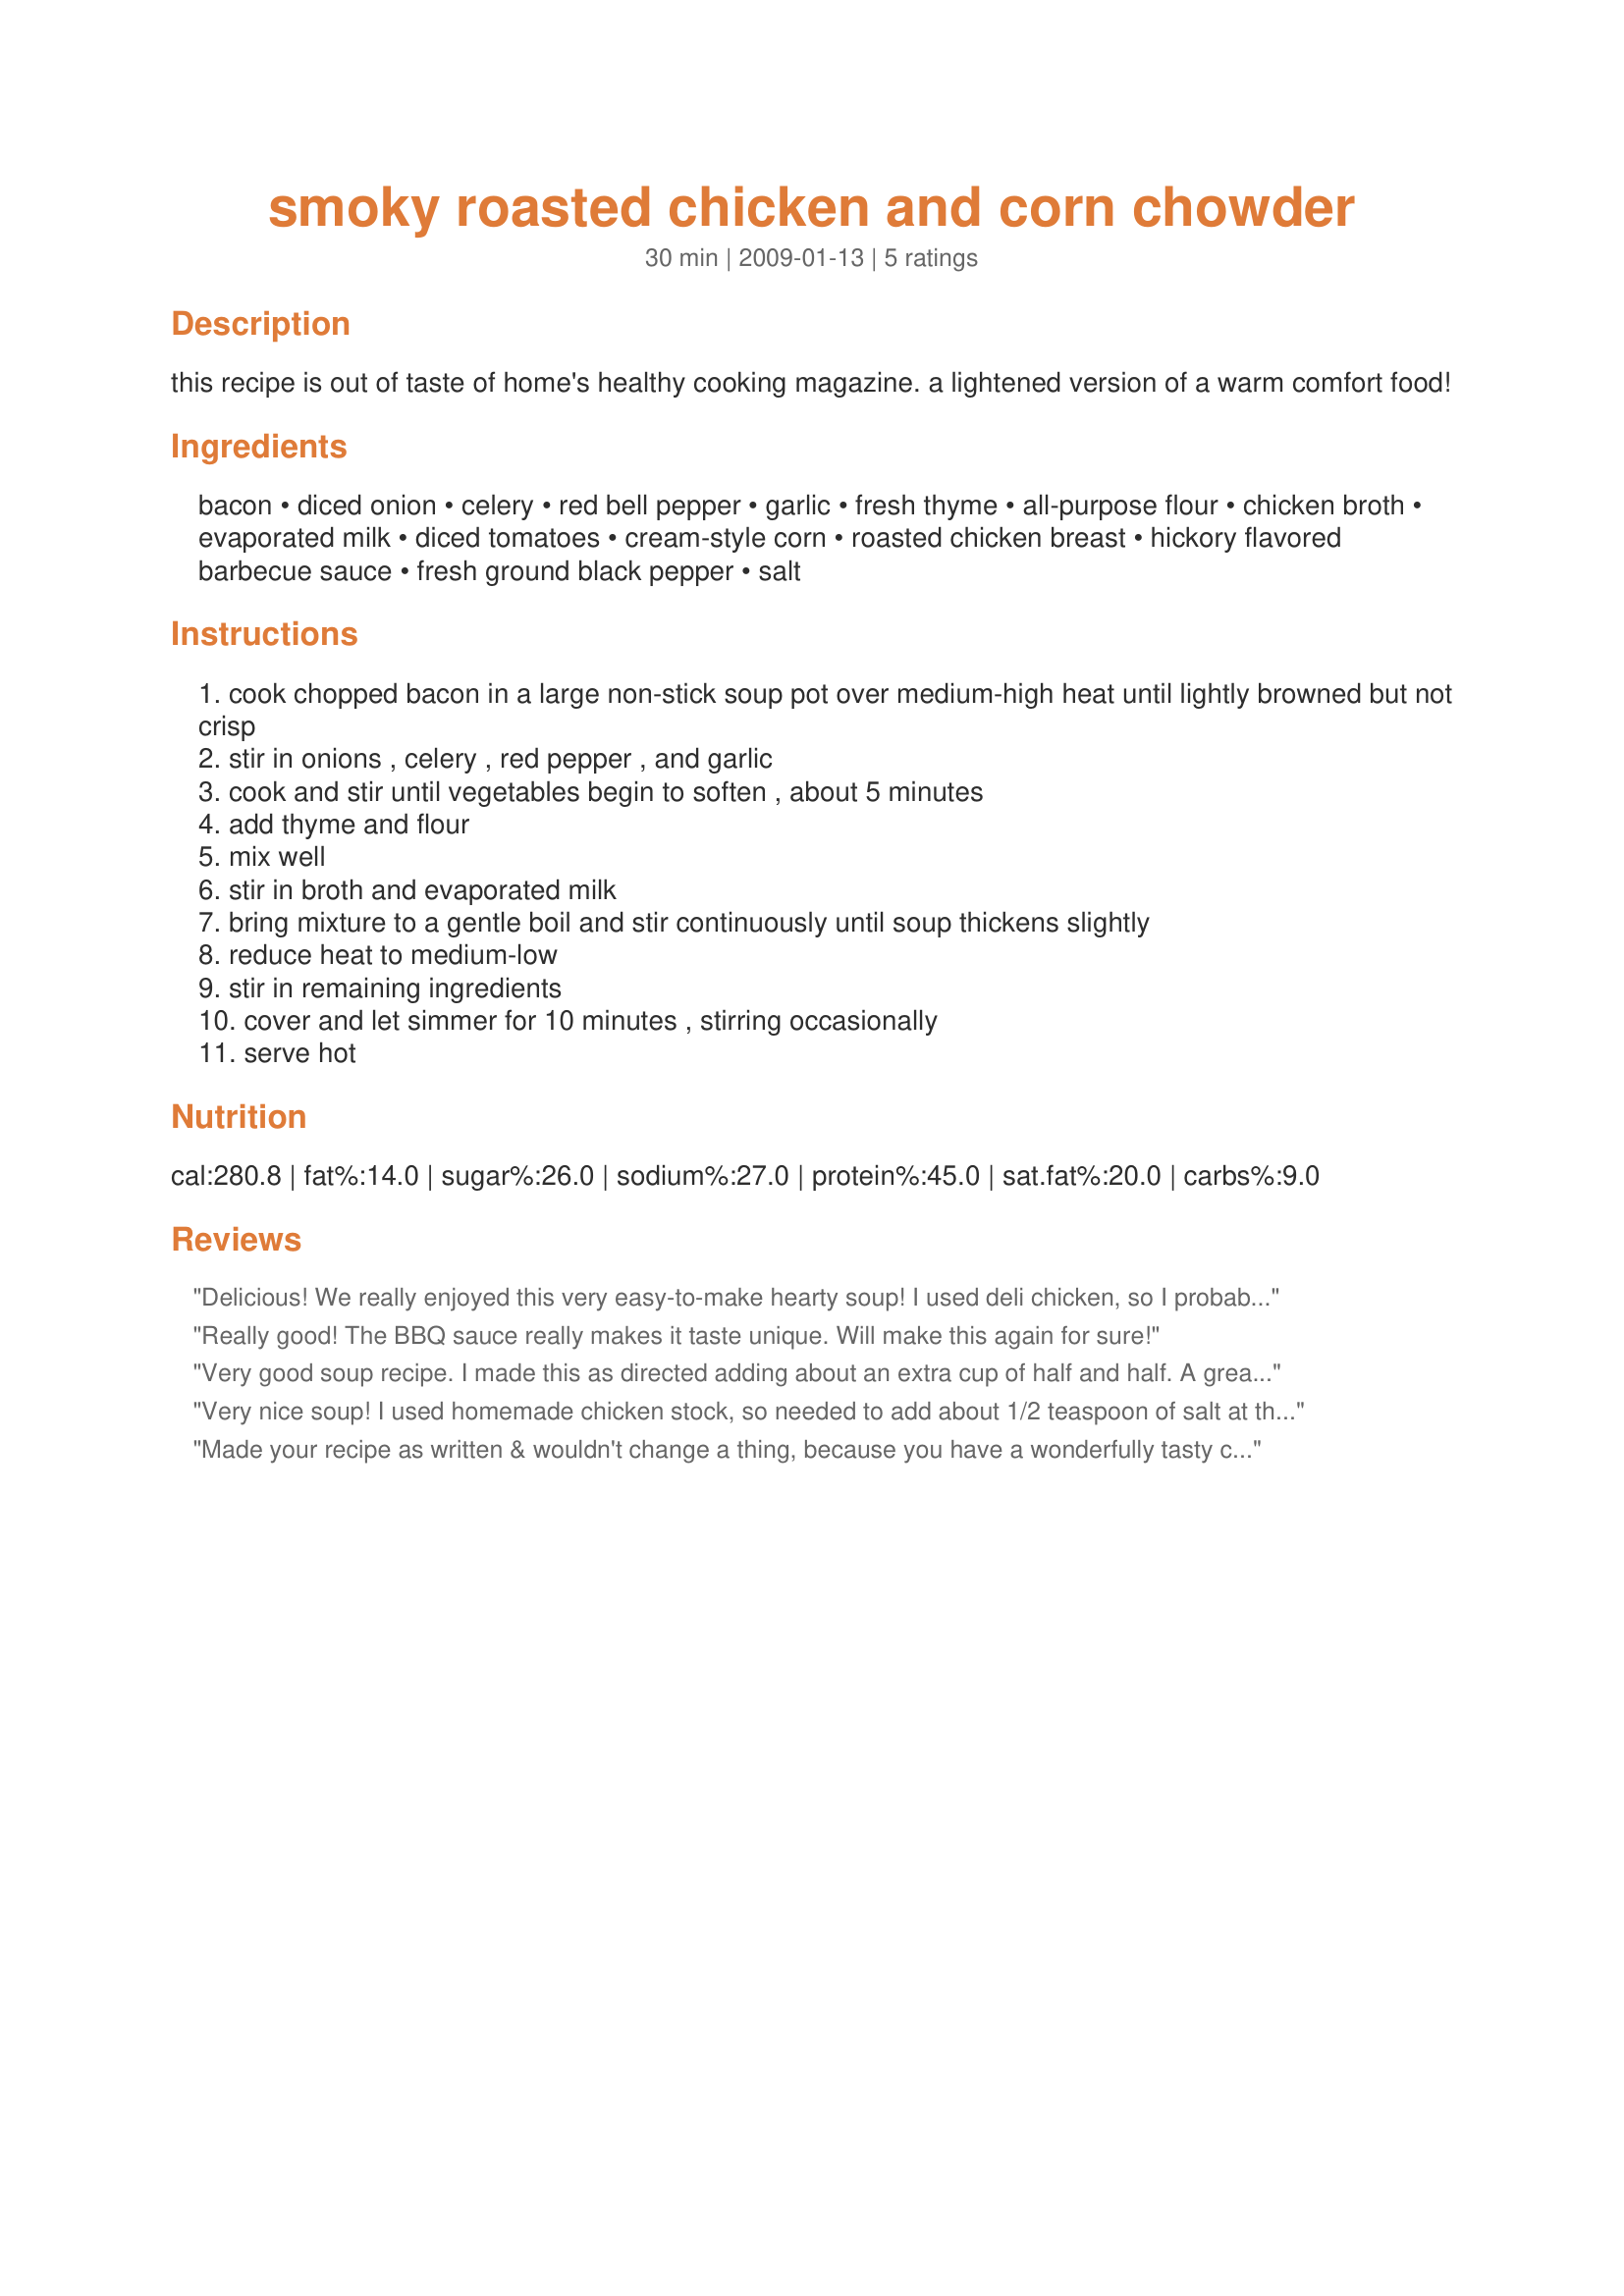
smoky roasted chicken and corn chowder
Preparation time: 30 minutes

this recipe is out of taste of home's healthy cooking magazine. a lightened version of a warm comfort food!

Ingredients:
bacon, diced onion, celery, red bell pepper, garlic, fresh thyme, all-purpose flour, chicken broth, evaporated milk, diced tomatoes, cream-style corn, roasted chicken breast, hickory flavored barbecue sauce, fresh ground black pepper, salt

Steps:
cook chopped bacon in a large non-stick soup pot over medium-high heat until lightly browned but not crisp
stir in onions , celery , red pepper , and garlic
cook and stir until vegetables begin to soften , about 5 minutes
add thyme and flour
mix well
stir in broth and evaporated milk
bring mixture to a gentle boil and stir continuously until soup thickens slightly
reduce heat to medium-low
stir in remaining ingredients
cover and let simmer for 10 minutes , stirring occasionally
serve hot

Reviews:
Delicious! We really enjoyed this very easy-to-make hearty soup! I used deli chicken, so I probably used more chicken than specified resulting in a very thick and hearty soup! Thanks for sharing this keeper which we will be having often!
Really good! The BBQ sauce really makes it taste unique. Will make this again for sure!
Very good soup recipe. I made this as directed adding about an extra cup of half and half. A great meal in a bowl.
Very nice soup! I used homemade chicken stock, so needed to add about 1/2 teaspoon of salt at the end. Otherwise, I made just as written. This chowder is rich, thick and filling; along with being very easy to make. I used a spicy BBQ sauce, so I got a bite of heat as well, which complimented the other flavors. Along with being a great cool weather lunch or dinner, I'm adding this to my "after Thanksgiving" cookbook, as it will be a great way to use up some leftover turkey. Thanks for posting!
Made your recipe as written & wouldn't change a thing, because you have a wonderfully tasty chowder here! Although I usually use Hormel's Real Bacon Pieces in recipes like this, this time I did fry up the bacon (& the other ingredients in the bacon fat) & that added a great flavor to the whole thing! Many thanks for sharing the recipe! [Tagged & made in Please Review My Recipe]
